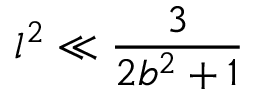
l ^ { 2 } \ll \frac { 3 } { 2 b ^ { 2 } + 1 }